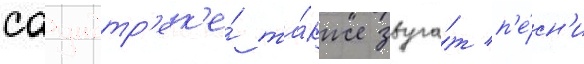
саундтр'ек'е́ та́кже звуча́т п'е́сн'и